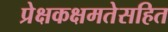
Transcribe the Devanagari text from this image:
प्रेक्षकक्षमतेसहित